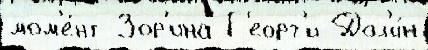
мом'е́нт Зор'ина Г'еорг'и Дол'и́н